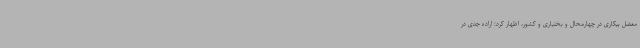
معضل بیکاری در چهارمحال و بختیاری و کشور، اظهار کرد: اراده جدی در